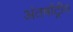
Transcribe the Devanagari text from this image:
अंतर्षाट्रीय